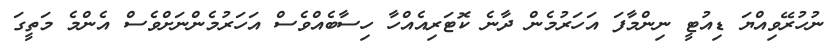
ނުހުރޭވިއްޔަ ޑިއުޓީ ނިންމާފަ އަހަރުމެން ދާނެ ކޮޓަރިއެއްހާ ހިސާބެއްވެސް އަހަރުމެންނަށްވެސް އެންމެ މަތީގަ